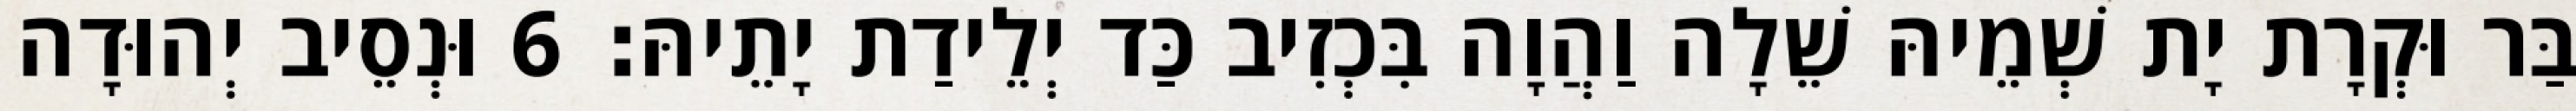
בַּר וּקְרָת יָת שְׁמֵיהּ שֵׁלָה וַהֲוָה בִּכְזִיב כַּד יְלֵידַת יָתֵיהּ׃ 6 וּנְסֵיב יְהוּדָה